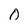
Character: 0